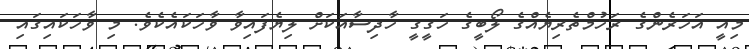
މިއީ އަހަރެންގެ ރަހުމްތެރިޔެއްގެ ލޯބީގެ ހަގީގީ ހާދިސާއަކަށް ލިޔެފައިވާ ވާހަކައެކެވެ. މި ވާހަކައިގައި